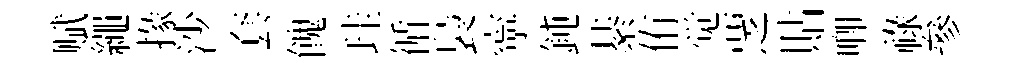
赋繩掾沙套餽珪循裊寜鈍綦侑觉覂貼唧祿參